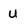
Character: u